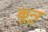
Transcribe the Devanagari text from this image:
कून्‍ूर